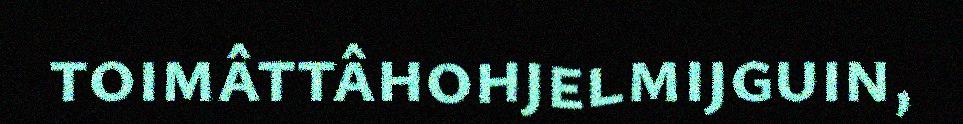
toimâttâhohjelmijguin,